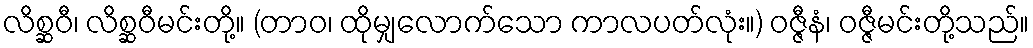
လိစ္ဆဝီ၊ လိစ္ဆဝီမင်းတို့။ (တာဝ၊ ထိုမျှလောက်သော ကာလပတ်လုံး။) ဝဇ္ဇီနံ၊ ဝဇ္ဇီမင်းတို့သည်။